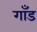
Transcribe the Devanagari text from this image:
गाँड